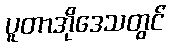
ပူတာအိုဒေသတွင်